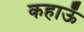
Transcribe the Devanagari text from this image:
कहाऊँ